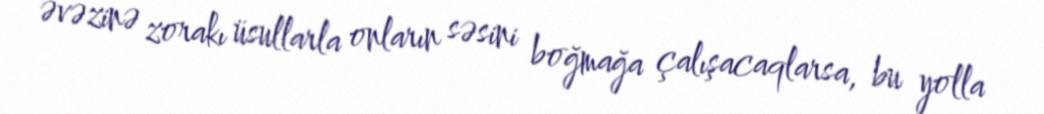
əvəzinə zorakı üsullarla onların səsini boğmağa çalışacaqlarsa, bu yolla